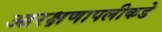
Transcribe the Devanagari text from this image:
आरक्षणापलीकडे